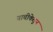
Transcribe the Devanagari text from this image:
वाचीकेतुन